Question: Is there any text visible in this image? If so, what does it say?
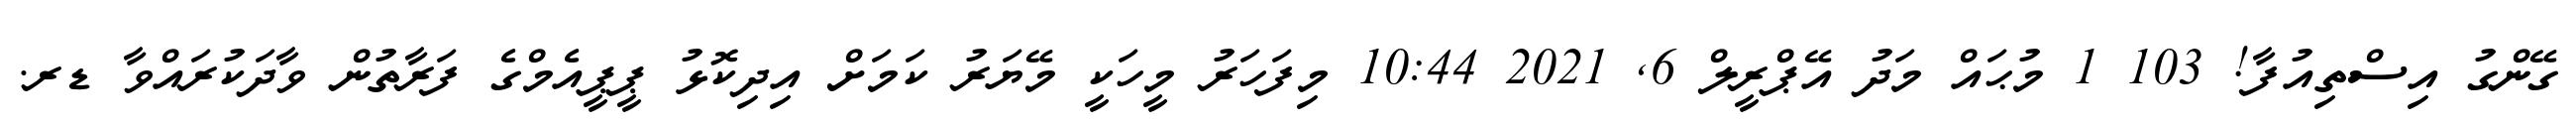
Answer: ގޭންގު އިސްތިއުފާ! 103 1 މުޙައް މަދު އޭޕްރީލް 6, 2021 10:44 މިފަހަރު މީހަކީ މޭޔަރު ކަމަށް އިދިކޮޅު ޕީޕީއެމްގެ ފަރާތުން ވާދަކުރައްވާ ޑރ.